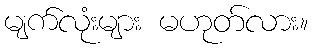
မျက်လုံးများ မဟုတ်လား။